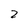
Character: 2